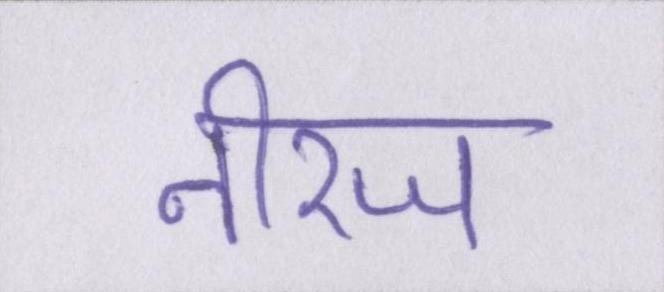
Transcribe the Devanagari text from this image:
नीरज